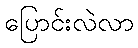
ပြောင်းလဲလာ